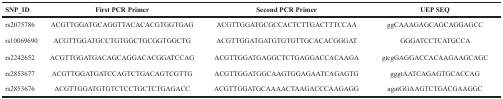
<table><thead><tr><td><b>SNP_ID</b></td><td><b>First PCR Primer</b></td><td><b>Second PCR Primer</b></td><td><b>UEP SEQ</b></td></tr></thead><tbody><tr><td>rs2075786</td><td>ACGTTGGATGCAGGTTACACACGTGGTGAG</td><td>ACGTTGGATGCGCCACTCTTGACTTTCCAA</td><td>ggCAAAGAGCAGCAGGAGCC</td></tr><tr><td>rs10069690</td><td>ACGTTGGATGCCTGTGGCTGCGGTGGCTG</td><td>ACGTTGGATGATGTGTGTTGCACACGGGAT</td><td>GGGATCCTCATGCCA</td></tr><tr><td>rs2242652</td><td>ACGTTGGATGACAGCAGGACACGGATCCAG</td><td>ACGTTGGATGAGGCTCTGAGGACCACAAGA</td><td>gtcgGAGGACCACAAGAAGCAGC</td></tr><tr><td>rs2853677</td><td>ACGTTGGATGATCCAGTCTGACAGTCGTTG</td><td>ACGTTGGATGGCAAGTGGAGAATCAGAGTG</td><td>gggtAATCAGAGTGCACCAG</td></tr><tr><td>rs2853676</td><td>ACGTTGGATGTGTCTCCTGCTCTGAGACC</td><td>ACGTTGGATGCAAAACTAAGACCCAAGAGG</td><td>agatGGAAGTCTGACGAAGGC</td></tr></tbody></table>